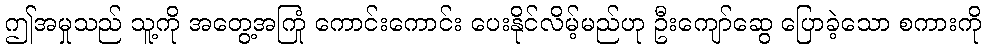
ဤအမှုသည် သူ့ကို အတွေ့အကြုံ ကောင်းကောင်း ပေးနိုင်လိမ့်မည်ဟု ဦးကျော်ဆွေ ပြောခဲ့သော စကားကို